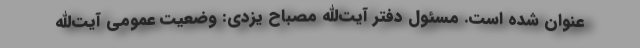
عنوان شده است. مسئول دفتر آیت‌الله مصباح یزدی: وضعیت عمومی آیت‌الله